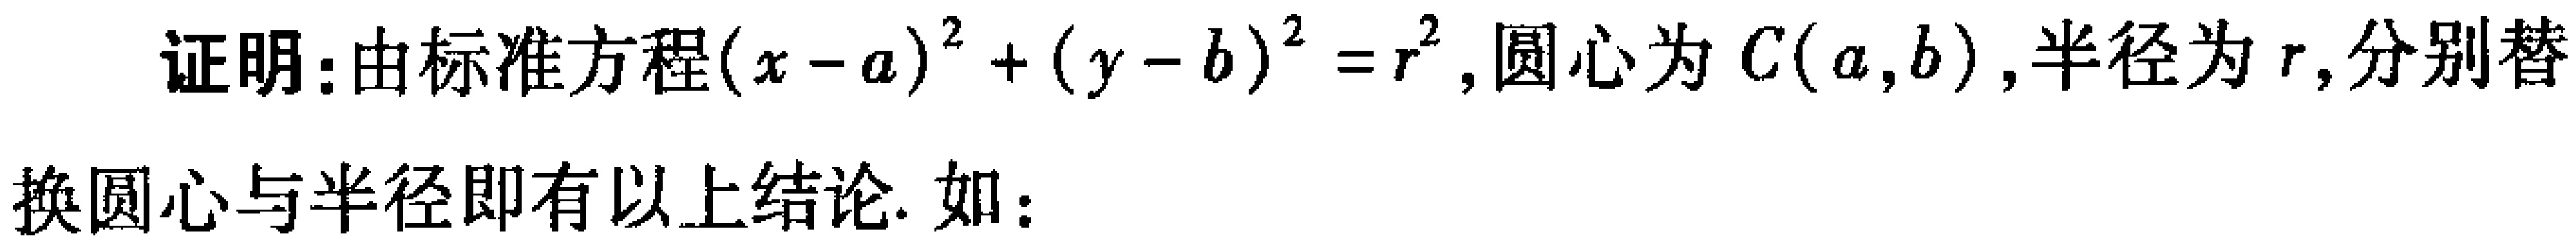
证明：由标准方程\((x - a)^2 + (y - b)^2 = r^2\)，圆心为\(C(a,b)\)，半径为\(r\)，分别替换圆心与半径即有以上结论. 如：